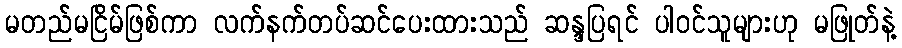
မတည်မငြိမ်ဖြစ်ကာ လက်နက်တပ်ဆင်ပေးထားသည် ဆန္ဒပြရင် ပါဝင်သူများဟု မဖြုတ်နဲ့